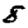
Digit: 8